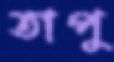
তাপু